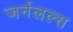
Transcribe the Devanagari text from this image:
जर्नलल्स